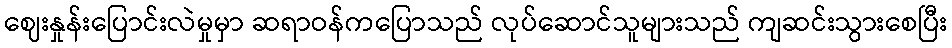
ဈေးနှုန်းပြောင်းလဲမှုမှာ ဆရာဝန်ကပြောသည် လုပ်ဆောင်သူများသည် ကျဆင်းသွားစေပြီး